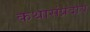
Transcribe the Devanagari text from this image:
कथासंप्रदाय